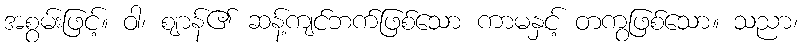
အစွမ်းဖြင့်။ ဝါ၊ ဈာန်၏ ဆန့်ကျင်ဘက်ဖြစ်သော ကာမနှင့် တကွဖြစ်သော။ သညာ၊